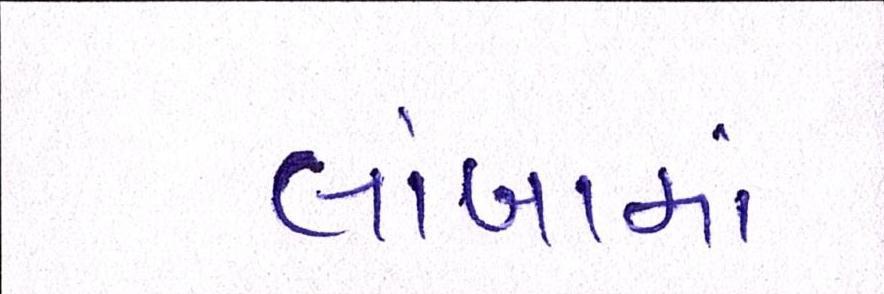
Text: લાંબામાં